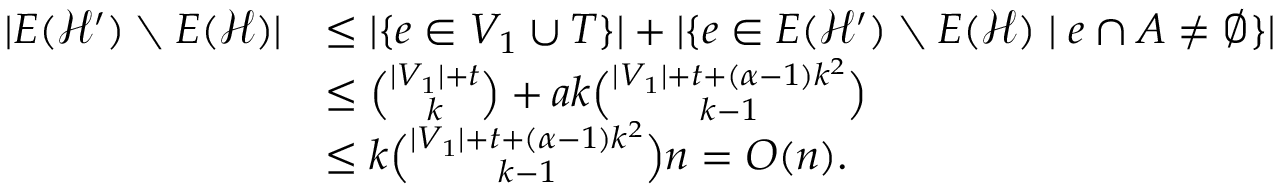
\begin{array} { r l } { | E ( \mathcal { H } ^ { \prime } ) \setminus E ( \mathcal { H } ) | } & { \leq | \{ e \in V _ { 1 } \cup T \} | + | \{ e \in E ( \mathcal { H } ^ { \prime } ) \setminus E ( \mathcal { H } ) \mid e \cap A \neq \emptyset \} | } \\ & { \leq \binom { | V _ { 1 } | + t } { k } + a k \binom { | V _ { 1 } | + t + ( \alpha - 1 ) k ^ { 2 } } { k - 1 } } \\ & { \leq k \binom { | V _ { 1 } | + t + ( \alpha - 1 ) k ^ { 2 } } { k - 1 } n = O ( n ) . } \end{array}